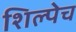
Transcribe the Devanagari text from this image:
शिल्पेच